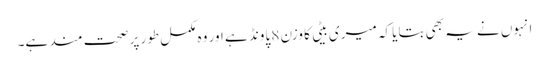
انہوں نے یہ بھی بتایا کہ میری بیٹی کا وزن 8 پاونڈ ہے اور وہ مکمل طور پر صحت مند ہے۔